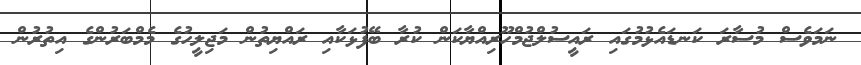
ނަމަވެސް މުސާރަ ކަނޑައެޅުމުގައި ރައީސުލްޖުމްހޫރިއްޔާކަން ކުރާ ބޭފުޅަކާއި ރައްޔިތުން މަޖިލީހުގެ މެމްބަރުންގެ އިތުރުން